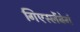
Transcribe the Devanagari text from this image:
गिएस्लेंबेर्ग